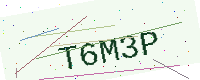
Text: T6M3P